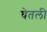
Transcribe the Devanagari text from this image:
घेेतली